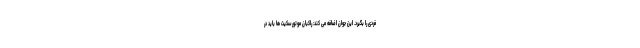
فردی را بگیرد. این جوان اضافه می کند: راکبان موتورسکیت ها باید در